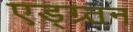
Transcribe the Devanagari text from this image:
एड्ग्र्तन